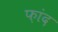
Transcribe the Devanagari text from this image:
फ़ांद